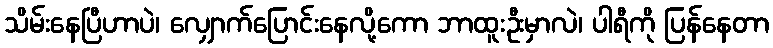
သိမ်းနေပြီဟာပဲ၊ လျှောက်ပြောင်းနေလို့ကော ဘာထူးဦးမှာလဲ၊ ပါရီကို ပြန်နေတာ